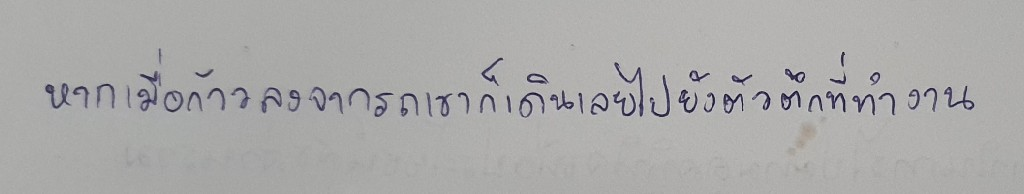
หากเมื่อก้าวลงจากรถเขาก็เดินเลยไปยังตัวตึกที่ทำงาน